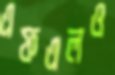
এফএলও